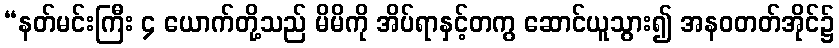
“နတ်မင်းကြီး ၄ ယောက်တို့သည် မိမိကို အိပ်ရာနှင့်တကွ ဆောင်ယူသွား၍ အနဝတတ်အိုင်၌